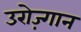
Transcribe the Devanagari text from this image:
उरोज़्गान